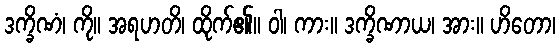
ဒက္ခိဏံ၊ ကို။ အရဟတိ၊ ထိုက်၏။ ဝါ၊ ကား။ ဒက္ခိဏာယ၊ အား။ ဟိတော၊